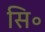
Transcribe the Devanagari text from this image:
सि॰